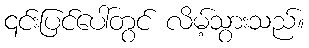
၎င်းပြင်ပေါ်တွင် လိမ့်သွားသည်။